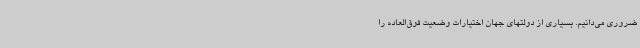
ضروری می‌دانیم. بسیاری از دولتهای جهان اختیارات وضعیت فوق‌العاده را